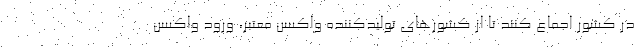
در کشور اجماع کنند تا از کشورهای تولیدکننده واکسن معتبر، ورود واکسن